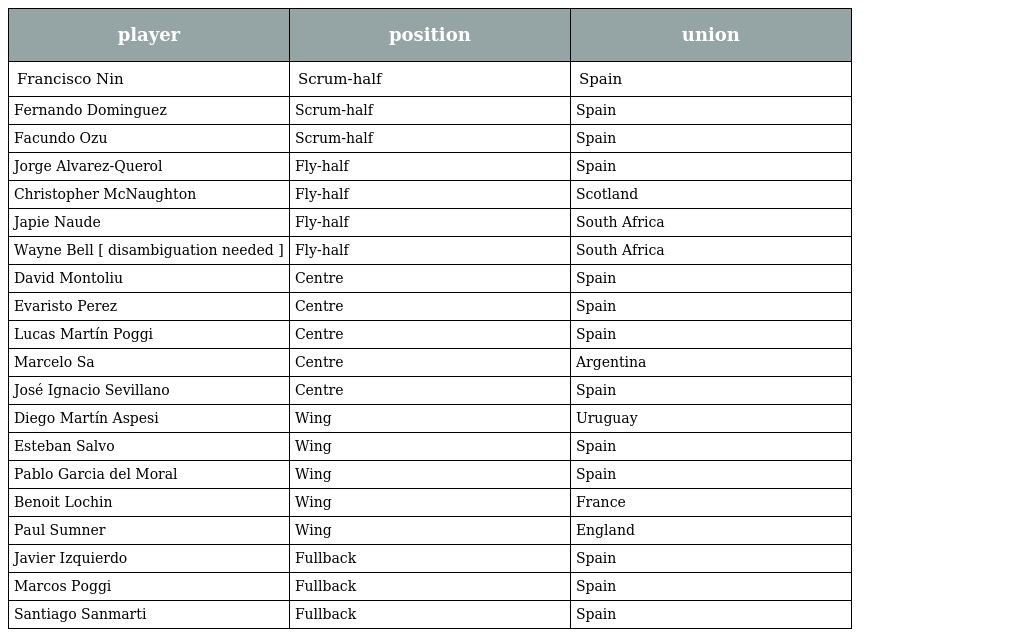
| player | position | union |
 | --- | --- | --- |
 | Francisco Nin | Scrum-half | Spain |
 | Fernando Dominguez | Scrum-half | Spain |
 | Facundo Ozu | Scrum-half | Spain |
 | Jorge Alvarez-Querol | Fly-half | Spain |
 | Christopher McNaughton | Fly-half | Scotland |
 | Japie Naude | Fly-half | South Africa |
 | Wayne Bell [ disambiguation needed ] | Fly-half | South Africa |
 | David Montoliu | Centre | Spain |
 | Evaristo Perez | Centre | Spain |
 | Lucas Martín Poggi | Centre | Spain |
 | Marcelo Sa | Centre | Argentina |
 | José Ignacio Sevillano | Centre | Spain |
 | Diego Martín Aspesi | Wing | Uruguay |
 | Esteban Salvo | Wing | Spain |
 | Pablo Garcia del Moral | Wing | Spain |
 | Benoit Lochin | Wing | France |
 | Paul Sumner | Wing | England |
 | Javier Izquierdo | Fullback | Spain |
 | Marcos Poggi | Fullback | Spain |
 | Santiago Sanmarti | Fullback | Spain |